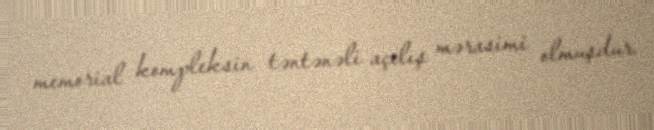
memorial kompleksin təntənəli açılış mərasimi olmuşdur.